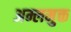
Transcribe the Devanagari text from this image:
अम्लमुक्त